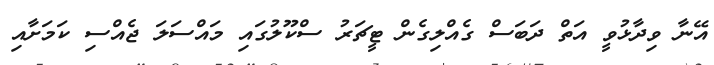
އޭނާ ވިދާޅުވީ އަތް ދަބަސް ގެއްލިގެން ޓީޗަރު ސްކޫލުގައި މައްސަލަ ޖެއްސި ކަމަށާއި